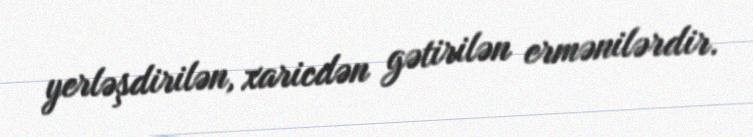
yerləşdirilən, xaricdən gətirilən ermənilərdir.